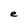
Character: e